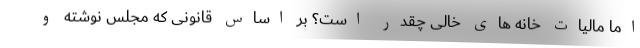
اما مالیات خانه های خالی چقدر است؟ بر اساس قانونی که مجلس نوشته و